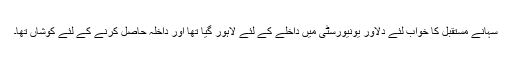
سہانے مستقبل کا خواب لئے دلاور یونیورسٹی میں داخلے کے لئے لاہور گیا تھا اور داخلہ حاصل کرنے کے لئے کوشاں تھا۔